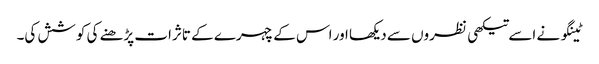
ٹینگو نے اسے تیکھی نظروں سے دیکھا اور اس کے چہرے کے تاثرات پڑھنے کی کوشش کی۔